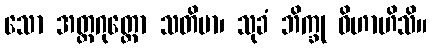
သော အတ္တဂုတ္တော သတိမာ၊ သုခံ ဘိက္ခု ဝိဟာဟိသိ။